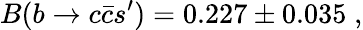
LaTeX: B(b\rightarrow c\bar{c}s^{\prime})=0.227\pm 0.035\; ,